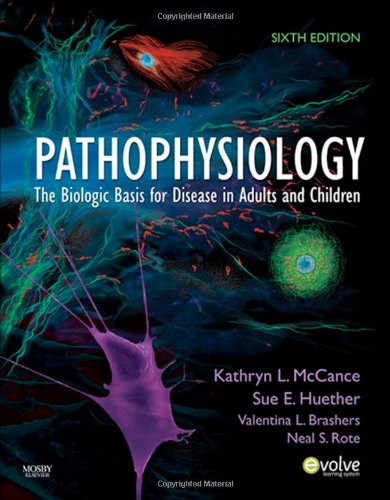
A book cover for Pathophysiology: The Biologic Basis for Disease in Adults and Children, 6th Edition; Medical Books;